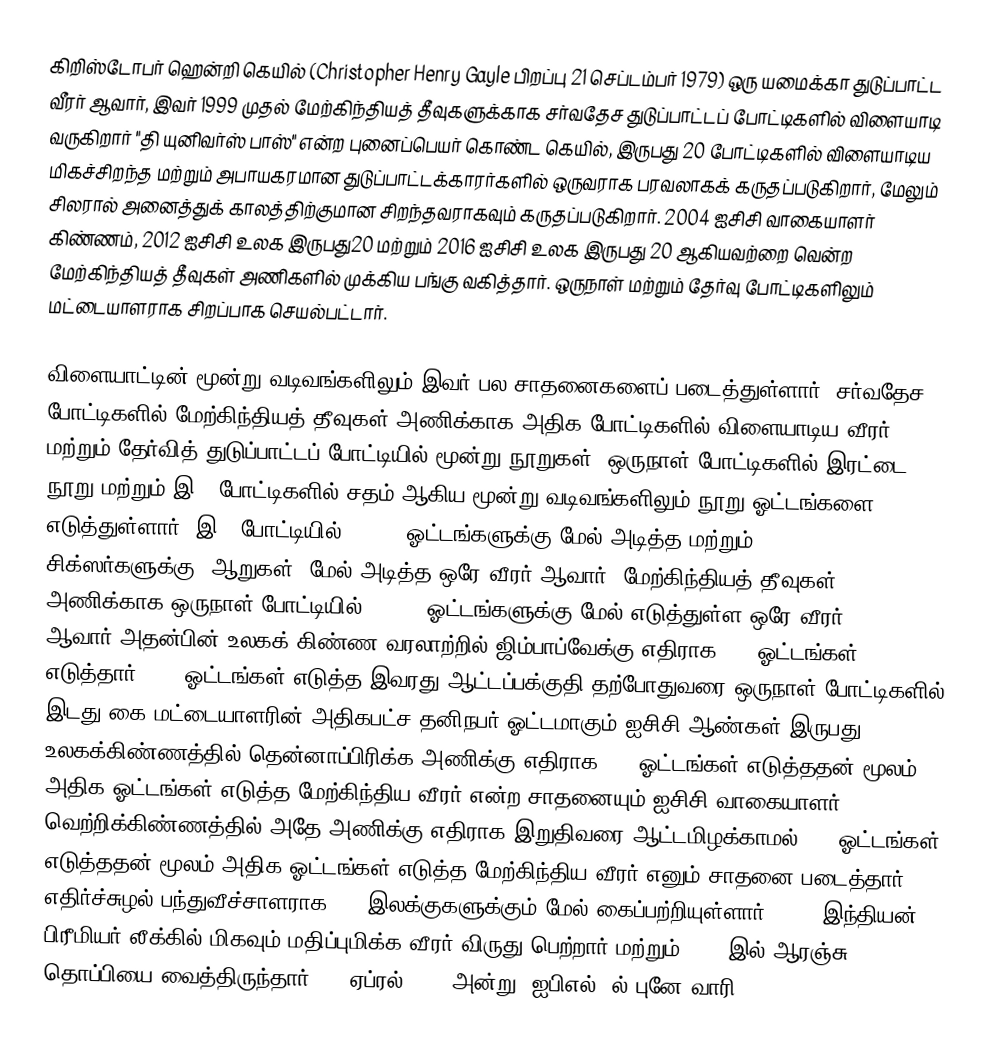
கிறிஸ்டோபர் ஹென்றி கெயில் (Christopher Henry Gayle பிறப்பு 21 செப்டம்பர் 1979) ஒரு யமைக்கா துடுப்பாட்ட வீரர் ஆவார், இவர் 1999 முதல் மேற்கிந்தியத் தீவுகளுக்காக சர்வதேச துடுப்பாட்டப் போட்டிகளில் விளையாடி வருகிறார்  "தி யுனிவர்ஸ் பாஸ்" என்ற புனைப்பெயர் கொண்ட கெயில், இருபது 20 போட்டிகளில் விளையாடிய மிகச்சிறந்த மற்றும் அபாயகரமான துடுப்பாட்டக்காரர்களில் ஒருவராக பரவலாகக் கருதப்படுகிறார், மேலும் சிலரால் அனைத்துக் காலத்திற்குமான சிறந்தவராகவும் கருதப்படுகிறார். 2004 ஐசிசி வாகையாளர் கிண்ணம், 2012 ஐசிசி உலக இருபது20 மற்றும் 2016 ஐசிசி உலக இருபது 20 ஆகியவற்றை வென்ற மேற்கிந்தியத் தீவுகள் அணிகளில் முக்கிய பங்கு வகித்தார். ஒருநாள் மற்றும் தேர்வு போட்டிகளிலும் மட்டையாளராக சிறப்பாக செயல்பட்டார்.

விளையாட்டின் மூன்று வடிவங்களிலும் இவர் பல சாதனைகளைப் படைத்துள்ளார். சர்வதேச போட்டிகளில் மேற்கிந்தியத் தீவுகள் அணிக்காக அதிக போட்டிகளில் விளையாடிய வீரர் மற்றும் தேர்வித் துடுப்பாட்டப் போட்டியில் மூன்று நூறுகள், ஒருநாள் போட்டிகளில் இரட்டை நூறு மற்றும் இ20 போட்டிகளில் சதம் ஆகிய மூன்று வடிவங்களிலும் நூறு ஓட்டங்களை எடுத்துள்ளார். இ20 போட்டியில் 14,000 ஓட்டங்களுக்கு மேல் அடித்த மற்றும் 1,000 சிக்ஸர்களுக்கு (ஆறுகள்) மேல் அடித்த ஒரே வீரர் ஆவார். மேற்கிந்தியத் தீவுகள் அணிக்காக ஒருநாள் போட்டியில் 10,000 ஓட்டங்களுக்கு மேல் எடுத்துள்ள ஒரே வீரர் ஆவார்.அதன்பின் உலகக் கிண்ண வரலாற்றில் ஜிம்பாப்வேக்கு எதிராக 215 ஓட்டங்கள் எடுத்தார். 215 ஓட்டங்கள் எடுத்த இவரது ஆட்டப்பக்குதி தற்போதுவரை ஒருநாள் போட்டிகளில் இடது கை மட்டையாளரின் அதிகபட்ச தனிநபர் ஓட்டமாகும்.ஐசிசி ஆண்கள் இருபது20 உலகக்கிண்ணத்தில் தென்னாப்பிரிக்க அணிக்கு எதிராக 117 ஓட்டங்கள் எடுத்ததன் மூலம் அதிக ஓட்டங்கள் எடுத்த மேற்கிந்திய வீரர் என்ற சாதனையும்,ஐசிசி வாகையாளர் வெற்றிக்கிண்ணத்தில் அதே அணிக்கு எதிராக இறுதிவரை ஆட்டமிழக்காமல் 133 ஓட்டங்கள் எடுத்ததன் மூலம் அதிக ஓட்டங்கள் எடுத்த மேற்கிந்திய வீரர் எனும் சாதனை படைத்தார். எதிர்ச்சுழல் பந்துவீச்சாளராக 200 இலக்குகளுக்கும் மேல் கைப்பற்றியுள்ளார். 2011 இந்தியன் பிரீமியர் லீக்கில் மிகவும் மதிப்புமிக்க வீரர் விருது பெற்றார் மற்றும் 2012 இல் ஆரஞ்சு தொப்பியை வைத்திருந்தார். 23 ஏப்ரல் 2013 அன்று, ஐபிஎல்- ல் புனே வாரி